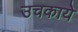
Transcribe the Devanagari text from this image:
उचकाये